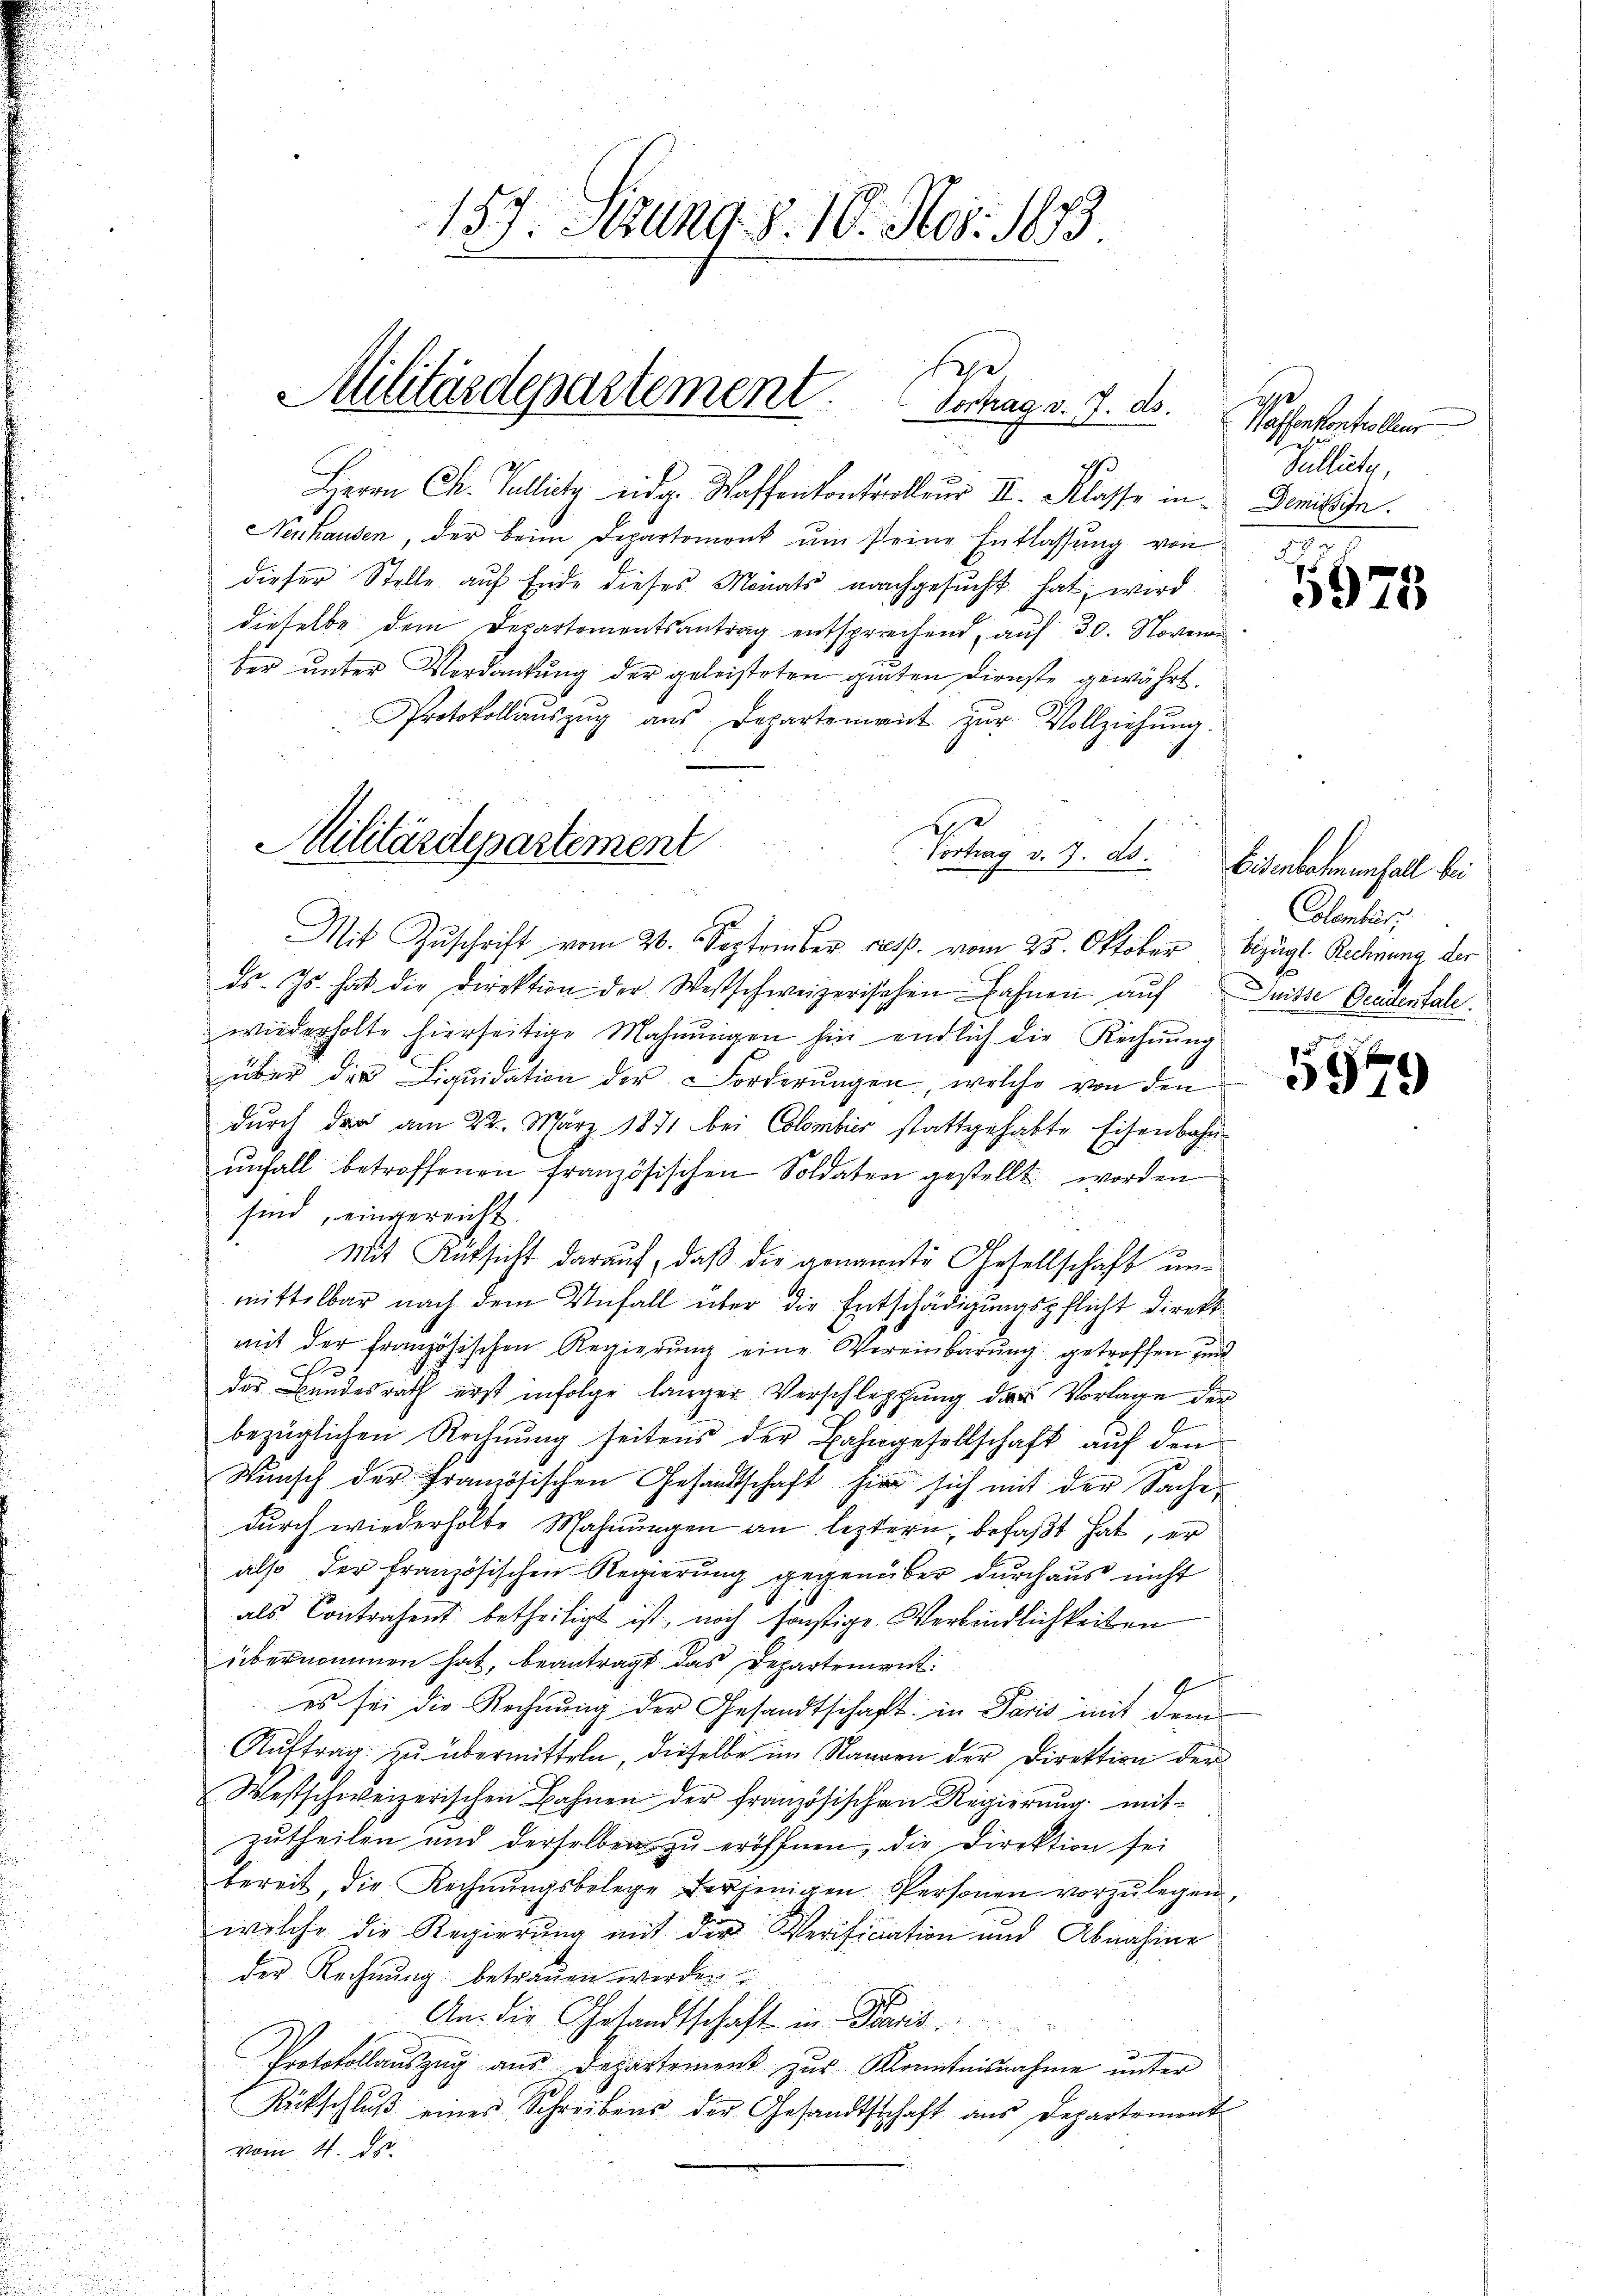
157. Sitzung. 8. 10. Nov. 1873.

Herrn Ch. Pallitz eider Waffenkontrolleur II. Klasse in Demische
Nenhausen, der beim Departement um seine Entlassung von
dieser Stelle aŭf Ende dieses Monats nachgesŭcht hat, wird
dieselbe dem Departementsantrag entsprechend, auf 30. Novenan
ber unter Verdankung der geleisteten guten Dienste gewährt.
Protokollaŭszŭg aŭs Departement zŭr Vollziehŭng.
1
Vortrag v. 7. ds.
e
Mit Zŭschrift vom 20. September resp. vom 25. Oktober bezügl. Rechnung der
ds. Js. hat die Direktion der Westschweizerischen Fahnen aŭf Suisse Gradentale.
wiederholte hierseitige Mahnŭngen hin endlich die Rechnŭng
über der Liquidation der Forderungen, welche von den
durch der am 22. März 1871 bei Colomber stattgehabte Eisenbahnŭnfall betroffenen französischen Soldaten gestellt worden
sind, eingereicht.
Mit Rücksicht darauf, daß die genannte Gesellschaft unmittelbar nach dem Unfall über die Entschädigungspflicht direkt
mit der französischen Regierŭng eine Vereinbarŭng getroffen und
J
der Bundesrath erst infolge länger Verschleppung der Vorlage der
bezüglichen Rechnung seitens der Bahngesellschaft auf den
Wunsch der französischen Gesandtschaft hier sich mit der Sache
durch wiederholte Mahnungen an leztern, befaßt hat, er
also der französischen Regierung gegenüber durchaus nicht
als Contrahent betheiligt ist, noch sonstige Verbindlichkeiten
übernommen hat, beantragt das Departement
9
es sei die Rechnung der Gesandtschaft in Paris mit dem
Aŭftrag zu übermitteln, dieselbe im Saaren der Direktion der
Westschweizerischen Bahnen der französischen Regierung mitzutheilen und derselben zu eröffnen, die Direktion sei
bereit, die Rechnŭngsbelege derjenigen Personen vorzŭlegen,
welche die Regierung mit der Verification und Abnahme
der Rechnŭng betrauen werden
E
An die Gesandtschaft in Baars
Protokollauszug aus Departement zur Kenntnisnahme unter
Rückschlŭβ eines Schreibens der Gesandtschaft aus Departement
vom 4. J

MMilitärdepartement

he
Militärdepartement. Vertrag v. 7. ds.

Sa
Waffenkontrolleur
Gesi
Sulliete,
u

5975

Eisenbarmenfall bei
Colombar

5979